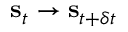
{ \bf s } _ { t } \to { \bf s } _ { t + \delta t }